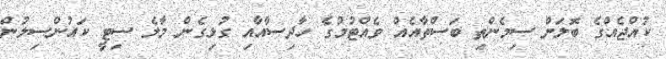
ކުއްޖެއްގެ ބޮލަށް ސިމެންތި ބަސްތާއެއް ވެއްޓުމުގެ ހާދިސާއާއި ގުޅިގެން މާލެ ސިޓީ ކައުންސިލުން